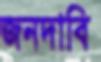
জনদাবি